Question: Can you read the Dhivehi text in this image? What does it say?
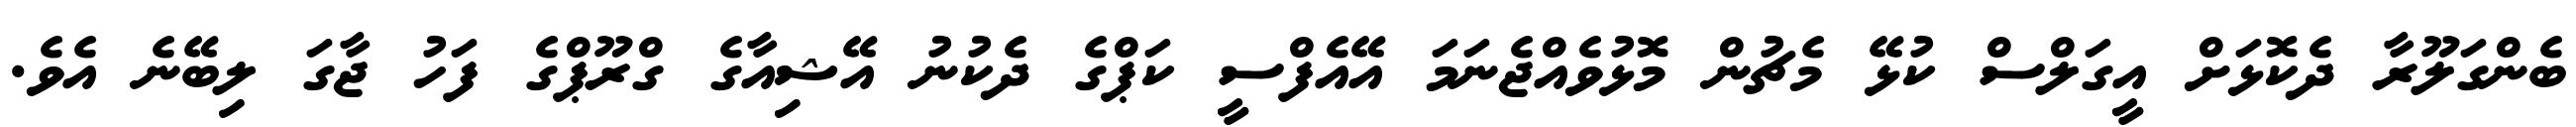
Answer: ބެންގަލޫރާ ދެކޮޅަށް އީގަލްސް ކުޅޭ މެޗުން މޮޅުވެއްޖެނަމަ އޭއެފްސީ ކަޕްގެ ދެކުނު އޭޝިއާގެ ގްރޫޕްގެ ފަހު ޖާގަ ލިބޭނެ އެވެ.